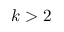
k > 2